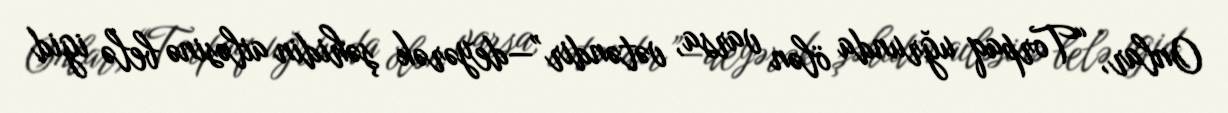
Onlar, “Torpaq uğrunda ölən varsa, vətəndir”—deyərək şəhidin ailəsinə belə igid